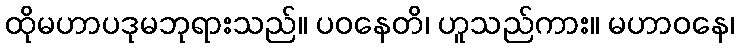
ထိုမဟာပဒုမဘုရားသည်။ ပဝနေတိ၊ ဟူသည်ကား။ မဟာဝနေ၊